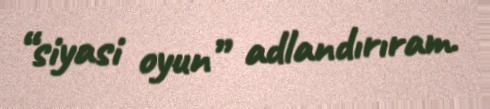
“siyasi oyun” adlandırıram.